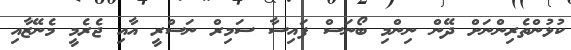
ކުޅުންތެރިންނަށް ދޭން ނިންމި ބޯނަސް ފައިސާ ސަމިރް ނަސްރީ އާއި ޖެރެމީ މެނޭޒާއި